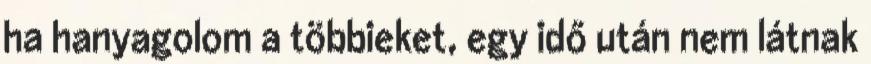
ha hanyagolom a többieket, egy idő után nem látnak